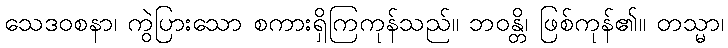
သေဒဝစနာ၊ ကွဲပြားသော စကားရှိကြကုန်သည်။ ဘဝန္တိ၊ ဖြစ်ကုန်၏။ တသ္မာ၊